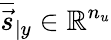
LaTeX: \overline{{\vec{s}}}_{\vert y}\in\mathbb R^{n_{u}}